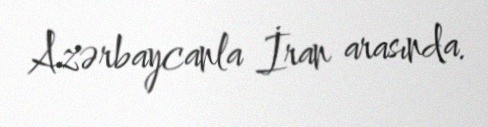
Azərbaycanla İran arasında.